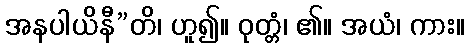
အနပါယိနီ”တိ၊ ဟူ၍။ ဝုတ္တံ၊ ၏။ အယံ၊ ကား။